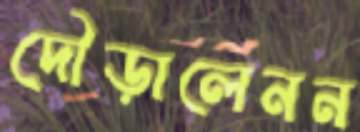
দৌড়ালেনন